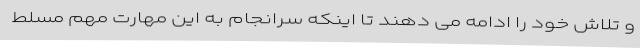
و تلاش خود را ادامه می دهند تا اینکه سرانجام به این مهارت مهم مسلط